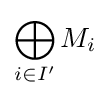
\bigoplus _{i\in I'}M_{i}